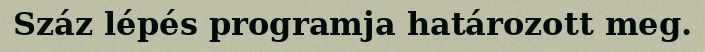
Száz lépés programja határozott meg.